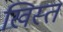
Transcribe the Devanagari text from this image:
खिस्‍त